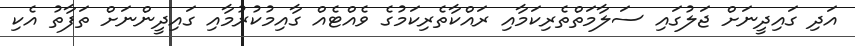
އަދި ގައިދީނަށް ޖަލުގައި ސަލާމަތްތެރިކަމާއި ރައްކާތެރިކަމުގެ ވެއްޓެއް ގާއިމުކުރުމާއި ގައިދީންނަށް ތަފާތު އެކި